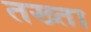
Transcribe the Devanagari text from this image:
तख्‍ता